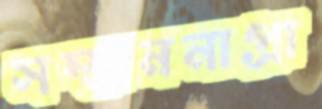
সম্মাননাপ্রা